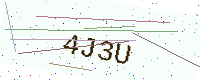
Text: 4J3U